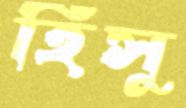
হিসু